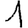
Digit: 1